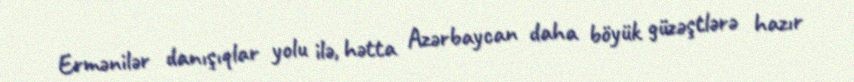
Ermənilər danışıqlar yolu ilə, hətta Azərbaycan daha böyük güzəştlərə hazır